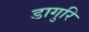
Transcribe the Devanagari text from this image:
डागुरि